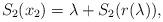
LaTeX: \begin{align*}S_2(x_2) = \lambda + S_2(r(\lambda)),\end{align*}